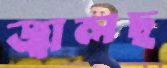
জ্বালছ